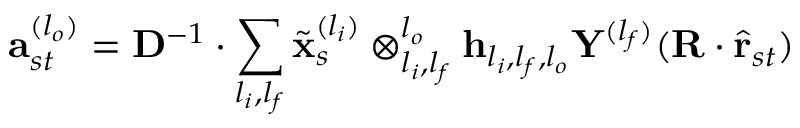
\mathbf { a } _ { s t } ^ { ( l _ { o } ) } = \mathbf { D } ^ { - 1 } \cdot \sum _ { l _ { i } , l _ { f } } \tilde { \mathbf { x } } _ { s } ^ { ( l _ { i } ) } \otimes _ { l _ { i } , l _ { f } } ^ { l _ { o } } \mathbf { h } _ { l _ { i } , l _ { f } , l _ { o } } \mathbf { Y } ^ { ( l _ { f } ) } ( \mathbf { R } \cdot \hat { \mathbf { r } } _ { s t } )